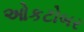
ઓકટોબર